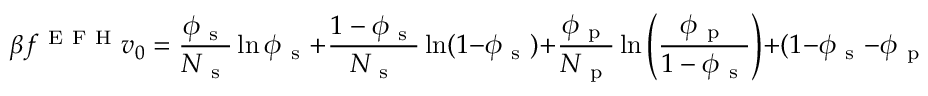
\beta f ^ { \mathrm { ~ E ~ F ~ H ~ } } v _ { 0 } = \frac { \phi _ { \mathrm { ~ s ~ } } } { N _ { \mathrm { ~ s ~ } } } \ln \phi _ { \mathrm { ~ s ~ } } + \frac { 1 - \phi _ { \mathrm { ~ s ~ } } } { N _ { \mathrm { ~ s ~ } } } \ln ( 1 - \phi _ { \mathrm { ~ s ~ } } ) + \frac { \phi _ { \mathrm { ~ p ~ } } } { N _ { \mathrm { ~ p ~ } } } \ln \left( \frac { \phi _ { \mathrm { ~ p ~ } } } { 1 - \phi _ { \mathrm { ~ s ~ } } } \right) + ( 1 - \phi _ { \mathrm { ~ s ~ } } - \phi _ { \mathrm { ~ p ~ } } ) \ln \left( \frac { 1 - \phi _ { \mathrm { ~ s ~ } } - \phi _ { \mathrm { ~ p ~ } } } { 1 - \phi _ { \mathrm { ~ s ~ } } } \right) ,